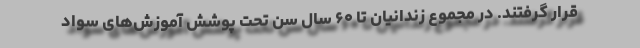
قرار گرفتند. در مجموع زندانیان تا ۶۰ سال سن تحت پوشش آموزش‌های سواد